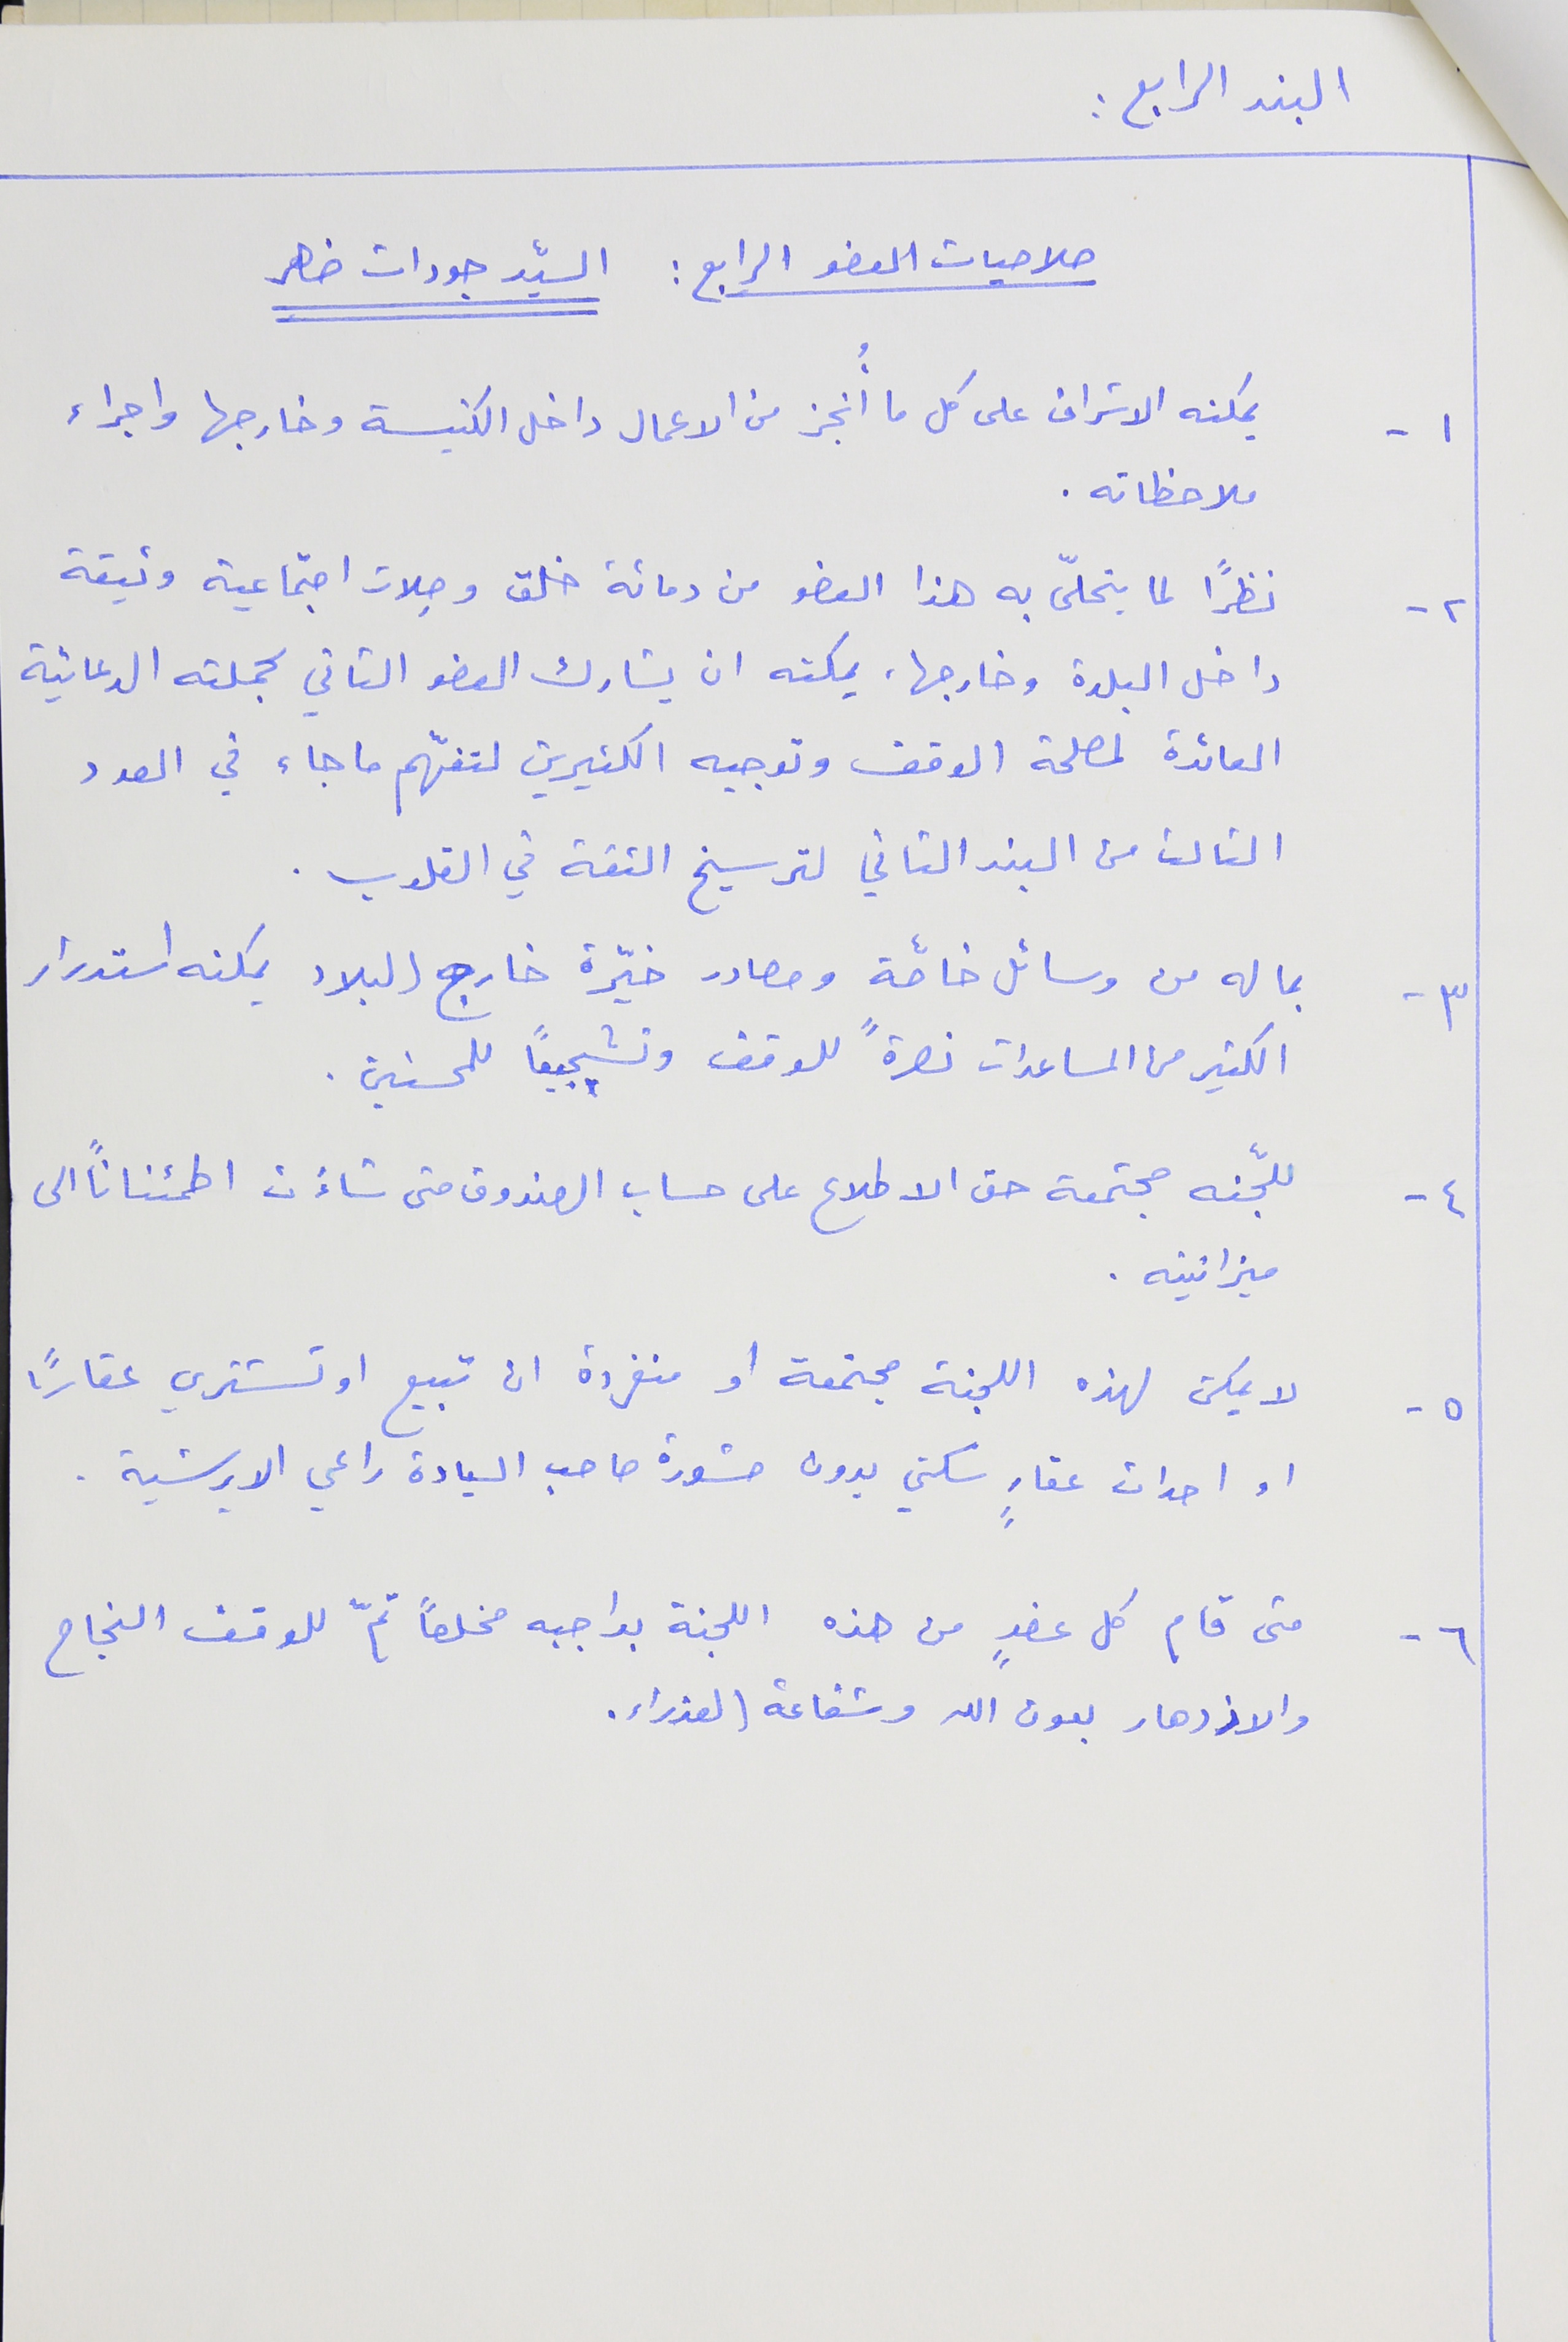
البند الرابع :
صلاحيات العضو الرابع : السيّد جودات ضاهر
 ١ - يمكنه الاشراف على كل ما أُنجز من الاعمال داخل الكنيسة وخارجها واجراء
ملاحظاته.
٢ - نظراً لما يتحلّى به هذا العضو من دماثة خلق وصِلات اجتماعية وثيقة
داخل البلدة وخارجها، يمكته ان يشارك العضو الثاني بحملته الدعائية
العائدة لمصلحة الوقف وتوجيه الكثيرين لتفهّم ما جاء في العدد
الثالث من البند الثاني لترسيخ الثقة في القلوب .
٣ - بما له من وسائل خاصّة ومصادر خيّرة خارج البلاد يمكنه استدرار
الكثير من المساعدات نصرةً للوقف وتشجيعًا للمحسنين .
٤ - للجّنه مجتمعة حق الاطلاع على حساب الصندوق متى شاءَت اطمئناناً الى
ميزانيته .
٥ - لا يمكن لهذه اللجنة مجتمعة او منفردة ان تبيع او تشتري عقارًا
او احداث عقارٍ سكني بدون مشورة صاحب السيادة راعي الابرشية .
٦ - متى قام كل عضوٍ من هذه اللجنة بواجبه مخلصاً تمّ للوقف النجاح
والازدهار بعون الله وشفاعة العذراء.